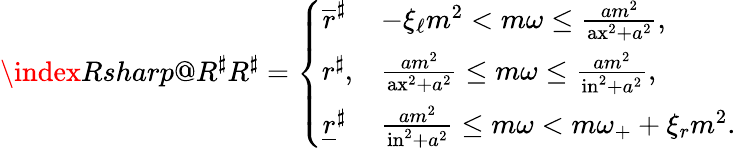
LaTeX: \index{Rsharp@R^{\sharp}}R^{\sharp}=\left\{ \begin{array}{ll}{\overline{{r}}^{\sharp}}&{-\xi_{\ell}m^{2}<m\omega\leq\frac{am^{2}}{\mathrm{ax}^{2}+a^{2}},}\\ {r^{\sharp},}&{\frac{am^{2}}{\mathrm{ax}^{2}+a^{2}}\leq m\omega\leq\frac{am^{2}}{\mathrm{in}^{2}+a^{2}},}\\ {\underline{{r}}^{\sharp}}&{\frac{am^{2}}{\mathrm{in}^{2}+a^{2}}\leq m\omega<m\omega_{+}+\xi_{r}m^{2}.}\end{array}\right.